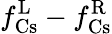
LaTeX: f_{\mathrm{Cs}}^{\mathrm{L}}-f_{\mathrm{Cs}}^{\mathrm{R}}